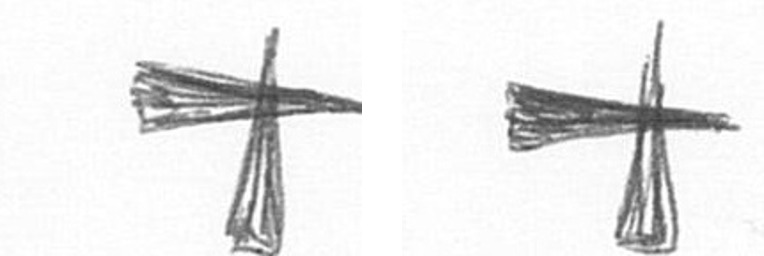
G G